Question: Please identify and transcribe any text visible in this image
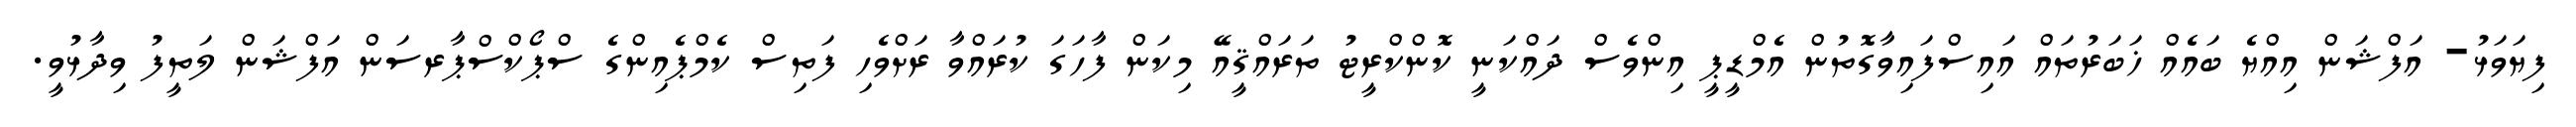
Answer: ފިޔަވަޅު- އަފްޝަން އިއްޔެ ބައެއް ޚަބަރުތައް އައިސްފައިވާގޮތުން އެމްޑީޕީ އިންވެސް ދައްކަނީ ކޮންކްރީޓު ތަރައްޤީއޭ މިކަން ފާހަގަ ކުރައްވާ ރަށްވެހި ފަތިސް ކެމްޕެއިންގެ ސްޕޯކްސްޕާރސަން އަފްޝަން ލަތީފު ވިދާޅުވީ.